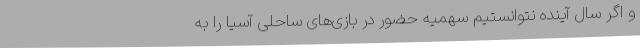
و اگر سال آینده نتوانستیم سهمیه حضور در بازی‌های ساحلی آسیا را به